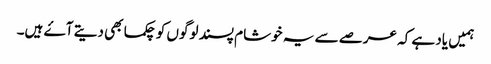
ہمیں یاد ہے کہ عرصے سے یہ خوشام پسند لوگوں کو چکما بھی دیتے آۓ ہیں۔